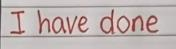
I have done